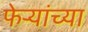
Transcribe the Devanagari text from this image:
फेऱ्यांच्या